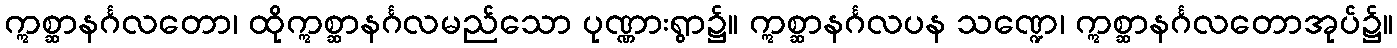
ဣစ္ဆာနင်္ဂလတော၊ ထိုဣစ္ဆာနင်္ဂလမည်သော ပုဏ္ဏားရွာ၌။ ဣစ္ဆာနင်္ဂလပန သဏ္ဍေ၊ ဣစ္ဆာနင်္ဂလတောအုပ်၌။